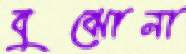
বুঝোনা